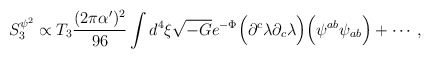
\begin{align*}S_3^{\psi^2} \propto T_3 {{(2 \pi \alpha')^2} \over {96}} \int d^4 \xi \sqrt{-G} e^{-\Phi} \Big( \partial^c \lambda \partial_c \lambda \Big) \Big( \psi^{ab} \psi_{ab} \Big) + \cdots,\end{align*}